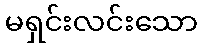
မရှင်းလင်းသော